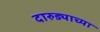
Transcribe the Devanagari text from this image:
दारुड्याच्या